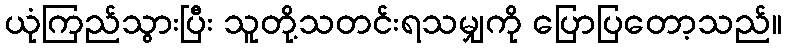
ယုံကြည်သွားပြီး သူတို့သတင်းရသမျှကို ပြောပြတော့သည်။